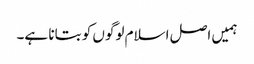
ہمیں اصل اسلام لوگوں کو بتانا ہے۔